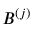
B ^ { ( j ) }